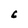
Character: C